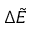
\Delta \tilde { E }